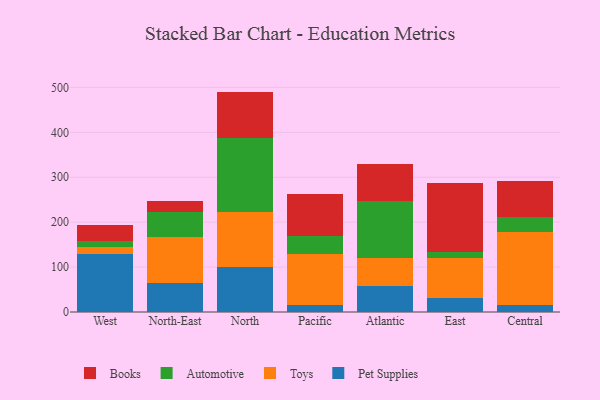
{"axis": {"x": "Region", "y": "Churn Rate (%)"}, "legend": ["Automotive", "Books", "Pet Supplies", "Toys"], "data": [{"x": "West", "y": 128.9, "type": "Pet Supplies"}, {"x": "West", "y": 15.0, "type": "Toys"}, {"x": "West", "y": 14.5, "type": "Automotive"}, {"x": "West", "y": 34.6, "type": "Books"}, {"x": "North-East", "y": 65.6, "type": "Pet Supplies"}, {"x": "North-East", "y": 102.4, "type": "Toys"}, {"x": "North-East", "y": 53.7, "type": "Automotive"}, {"x": "North-East", "y": 24.3, "type": "Books"}, {"x": "North", "y": 99.5, "type": "Pet Supplies"}, {"x": "North", "y": 123.9, "type": "Toys"}, {"x": "North", "y": 163.3, "type": "Automotive"}, {"x": "North", "y": 103.9, "type": "Books"}, {"x": "Pacific", "y": 15.3, "type": "Pet Supplies"}, {"x": "Pacific", "y": 114.1, "type": "Toys"}, {"x": "Pacific", "y": 39.4, "type": "Automotive"}, {"x": "Pacific", "y": 94.8, "type": "Books"}, {"x": "Atlantic", "y": 57.1, "type": "Pet Supplies"}, {"x": "Atlantic", "y": 64.2, "type": "Toys"}, {"x": "Atlantic", "y": 126.0, "type": "Automotive"}, {"x": "Atlantic", "y": 81.7, "type": "Books"}, {"x": "East", "y": 31.2, "type": "Pet Supplies"}, {"x": "East", "y": 88.1, "type": "Toys"}, {"x": "East", "y": 14.1, "type": "Automotive"}, {"x": "East", "y": 153.3, "type": "Books"}, {"x": "Central", "y": 16.0, "type": "Pet Supplies"}, {"x": "Central", "y": 162.5, "type": "Toys"}, {"x": "Central", "y": 31.9, "type": "Automotive"}, {"x": "Central", "y": 80.3, "type": "Books"}]}